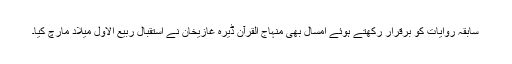
سابقہ روایات کو برقرار رکھتے ہوئے امسال بھی منہاج القرآن ڈیرہ غازیخان نے استقبال ربیع الاول میلاد مارچ کیا۔